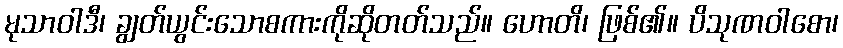
မုသာဝါဒီ၊ ချွတ်ယွင်းသောစကားကိုဆိုတတ်သည်။ ဟောတိ၊ ဖြစ်၏။ ပိသုဏဝါစော၊